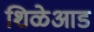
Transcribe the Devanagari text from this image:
शिळेआड